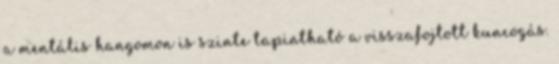
a mentális hangomon is szinte tapintható a visszafojtott kuncogás.